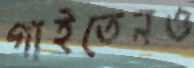
গাইতেনও